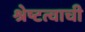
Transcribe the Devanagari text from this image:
श्रेष्टत्वाची